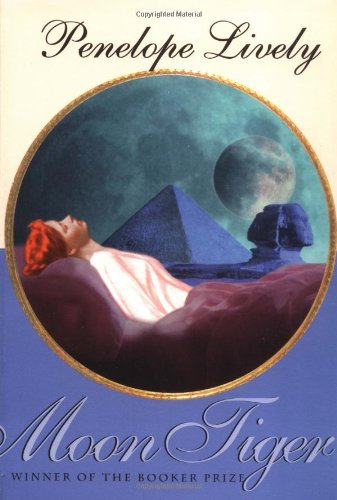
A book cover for Moon Tiger; Penelope Lively; Literature & Fiction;